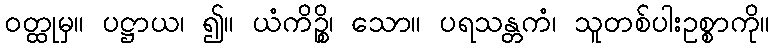
ဝတ္ထုမှ။ ပဋ္ဌာယ၊ ၍။ ယံကိဉ္စိ၊ သော။ ပရသန္တကံ၊ သူတစ်ပါးဥစ္စာကို။